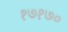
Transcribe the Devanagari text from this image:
१७१७०